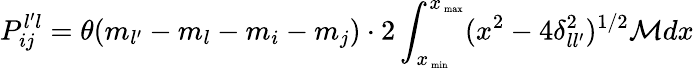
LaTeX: P_{ij}^{l^{\prime}l}=\theta(m_{l^{\prime}}-m_{l}-m_{i}-m_{j})\cdot 2\int_{x_{\mathrm{\scriptsize~min}}}^{x_{\mathrm{\scriptsize~max}}}(x^{2}-4\delta_{ll^{\prime}}^{2})^{1/2}{\cal M}dx